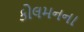
કોલમનના